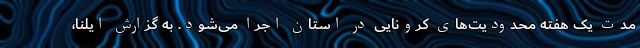
مدت یک هفته محدودیت‌های کرونایی در استان اجرا می‌شود. به گزارش ایلنا،